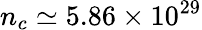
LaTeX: n_{c}\simeq 5.86\times 10^{29}